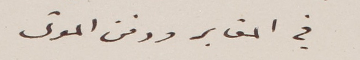
في المقابر ودفن الموتى